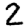
Digit: 2